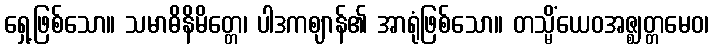
ရှေ့ဖြစ်သော။ သမာဓိနိမိတ္တေ၊ ပါဒကဈာန်၏ အာရုံဖြစ်သော။ တသ္မိံယေဝအဇ္ဈတ္တမေဝ၊